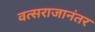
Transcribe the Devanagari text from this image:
वत्सराजानंतर